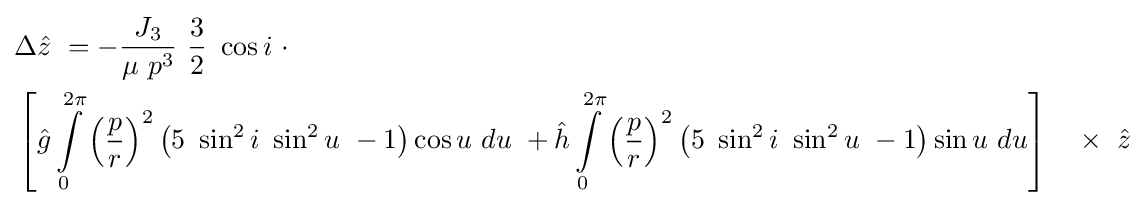
{\begin{aligned}&\Delta {\hat {z}}\ =-{\frac {J_{3}}{\mu \ p^{3}}}\ {\frac {3}{2}}\ \cos i\ \cdot \\&\left[{\hat {g}}\int \limits _{0}^{2\pi }{\left({\frac {p}{r}}\right)}^{2}\left(5\ \sin ^{2}i\ \sin ^{2}u\ -1\right)\cos u\ du\ +{\hat {h}}\int \limits _{0}^{2\pi }{\left({\frac {p}{r}}\right)}^{2}\left(5\ \sin ^{2}i\ \sin ^{2}u\ -1\right)\sin u\ du\right]\quad \times \ {\hat {z}}\end{aligned}}